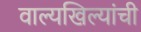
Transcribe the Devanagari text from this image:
वाल्यखिल्यांची